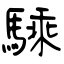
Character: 騬